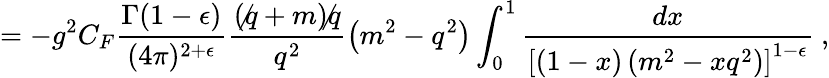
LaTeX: =-g^{2}C_{F}\frac{\Gamma(1-\epsilon)}{(4\pi)^{2+\epsilon}}\frac{(\not q+m)\not q}{q^{2}}\left(m^{2}-q^{2}\right)\int_{0}^{1}\frac{dx}{\left[(1-x)\left(m^{2}-xq^{2}\right)\right]^{1-\epsilon}}~,